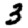
Digit: 3